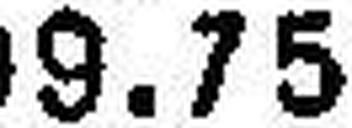
19.75